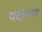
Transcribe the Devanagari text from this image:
पदोन्‍नत